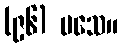
(၉၆) မသေ။